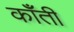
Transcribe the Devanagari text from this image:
कॉँती